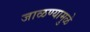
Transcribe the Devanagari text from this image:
जाळण्यामुळे